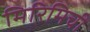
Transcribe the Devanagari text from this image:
मिरिमिची